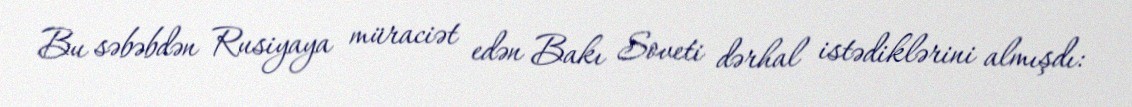
Bu səbəbdən Rusiyaya müraciət edən Bakı Soveti dərhal istədiklərini almışdı: